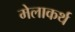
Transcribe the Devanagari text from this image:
मेलाकर्थ